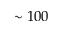
\sim 1 0 0